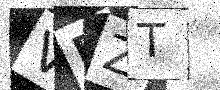
Text: VRZT